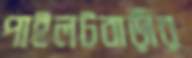
পাইলটবাড়ীর